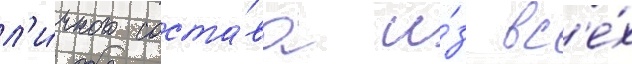
л'и́чного соста́ва и́з вс'е́х